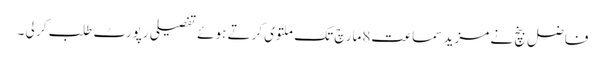
فاضل بنچ نے مزید سماعت8مارچ تک ملتوی کرتے ہوئے تفصیلی رپورٹ طلب کر لی ۔